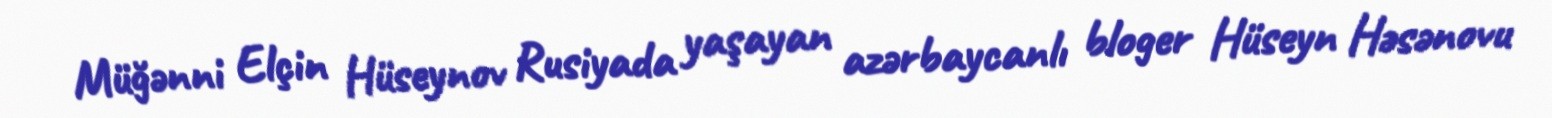
Müğənni Elçin Hüseynov Rusiyada yaşayan azərbaycanlı bloger Hüseyn Həsənovu